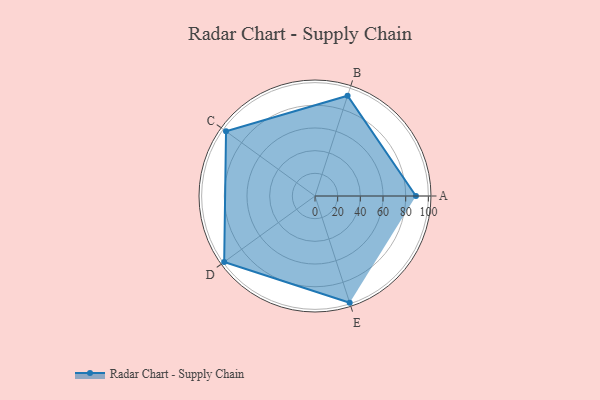
{"axis": {"x": "Skill", "y": "Score"}, "legend": ["Profile"], "data": [{"x": "A", "y": 89.0, "type": "Profile"}, {"x": "B", "y": 93.0, "type": "Profile"}, {"x": "C", "y": 97.0, "type": "Profile"}, {"x": "D", "y": 99.0, "type": "Profile"}, {"x": "E", "y": 99, "type": "Profile"}]}